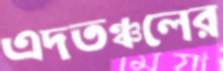
এদতঞ্চলের